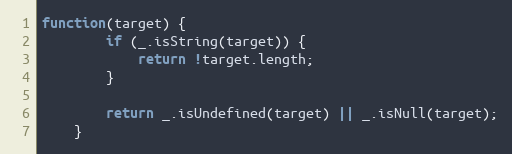
Language: JavaScript
function(target) {
        if (_.isString(target)) {
            return !target.length;
        }

        return _.isUndefined(target) || _.isNull(target);
    }